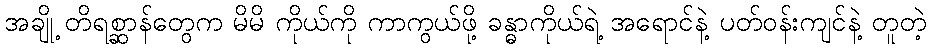
အချို့ တိရစ္ဆာန်တွေက မိမိ ကိုယ်ကို ကာကွယ်ဖို့ ခန္ဓာကိုယ်ရဲ့ အရောင်နဲ့ ပတ်ဝန်းကျင်နဲ့ တူတဲ့